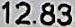
12.83